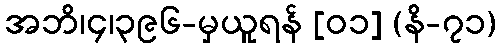
အဘိ၊၄၊၃၉၆-မှယူရန် [၀၁] (နိ-၇၁)